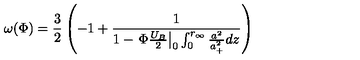
\omega ( \Phi ) = \frac { 3 } { 2 } \left( - 1 + \frac { 1 } { 1 - \left. \Phi \frac { U _ { B } } { 2 } \right| _ { 0 } \int _ { 0 } ^ { r _ { \infty } } \frac { a ^ { 2 } } { a _ { + } ^ { 2 } } d z } \right)